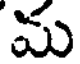
మ